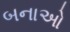
બનાઓ